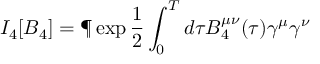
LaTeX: I _ { 4 } [ B _ { 4 } ] = \P \exp \frac { 1 } { 2 } \int _ { 0 } ^ { T } d \tau B _ { 4 } ^ { \mu \nu } ( \tau ) \gamma ^ { \mu } \gamma ^ { \nu }